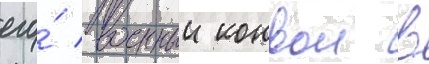
его́ военныи конвои в